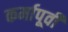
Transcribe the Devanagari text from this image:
कर्मापूर्वी